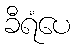
ခီရံပေ